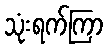
သုံးရက်ကြာ